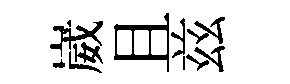
崴且兹